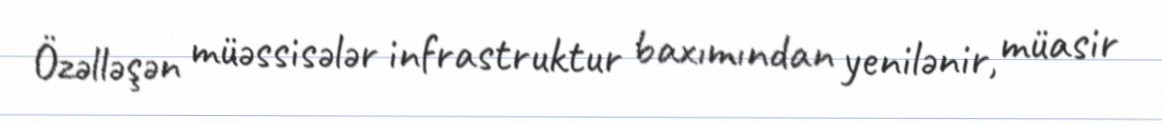
Özəlləşən müəssisələr infrastruktur baxımından yenilənir, müasir